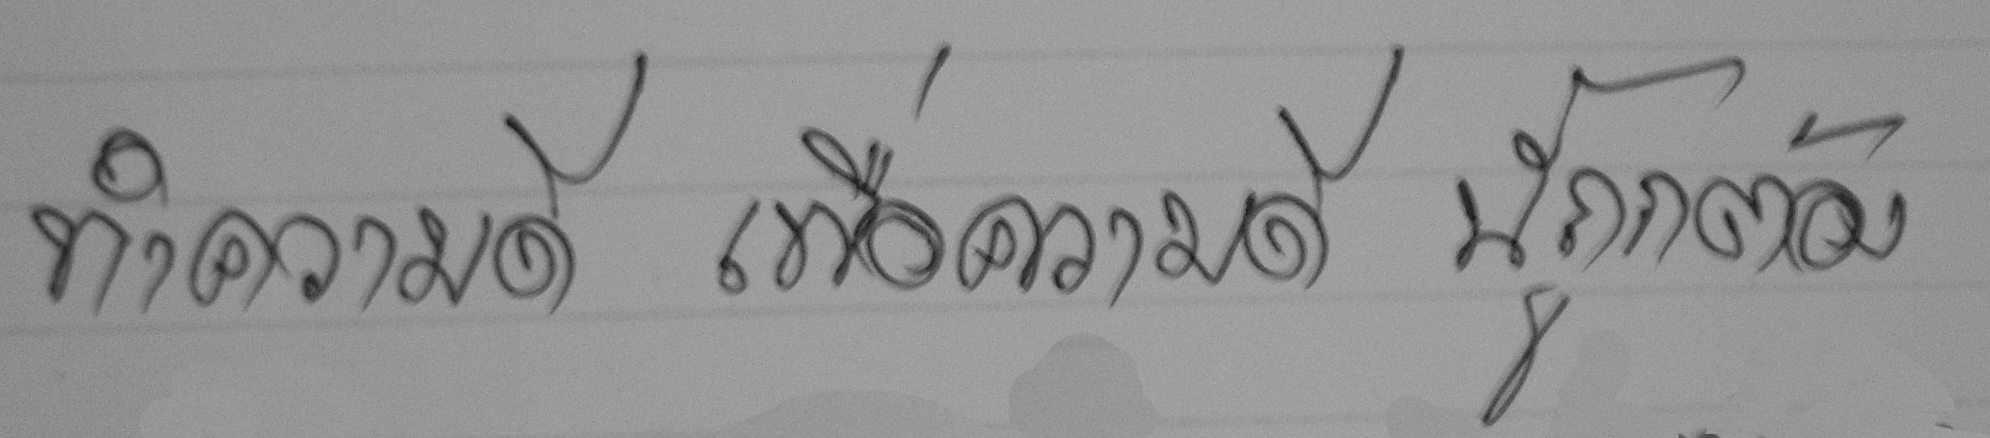
ทำความดีเพื่อความดีนี้ถูกต้อง